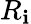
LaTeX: R_{\mathbf{i}}